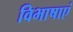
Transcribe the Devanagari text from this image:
विभाषाएं